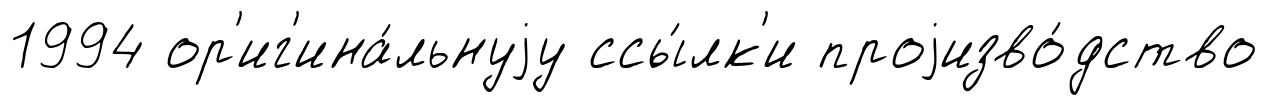
1994 ор'иг'ина́льнуjу ссы́лк'и проjизво́дство